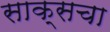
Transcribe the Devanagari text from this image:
साक्सचा